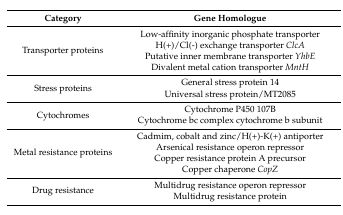
| Category | Gene Homologue |
 | --- | --- |
 | <ROWSPAN=4> Transporter proteins | Low-affinity inorganic phosphate transporter |
 | H(+)/Cl(-) exchange transporter ClcA |
 | Putative inner membrane transporter YhbE |
 | Divalent metal cation transporter MntH |
 | <ROWSPAN=2> Stress proteins | General stress protein 14 |
 | Universal stress protein/MT2085 |
 | <ROWSPAN=2> Cytochromes | Cytochrome P450 107B |
 | Cytochrome bc complex cytochrome b subunit |
 | <ROWSPAN=4> Metal resistance proteins | Cadmim, cobalt and zinc/H(+)-K(+) antiporter |
 | Arsenical resistance operon repressor |
 | Copper resistance protein A precursor |
 | Copper chaperone CopZ |
 | <ROWSPAN=2> Drug resistance | Multidrug resistance operon repressor |
 | Multidrug resistance protein |